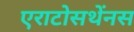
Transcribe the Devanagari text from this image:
एराटोसथेंनस